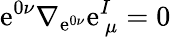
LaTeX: \mathrm{e}^{0\nu}\nabla_{\mathrm{e}^{0\nu}}\mathrm{e}_{~\mu}^{I}=0